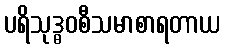
ပရိသုဒ္ဓဝစီသမာစာရတာယ